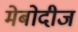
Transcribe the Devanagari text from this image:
मेबोदीज